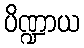
ပိဏ္ဍာယ